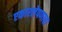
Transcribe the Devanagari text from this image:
एकारलेपणाचा